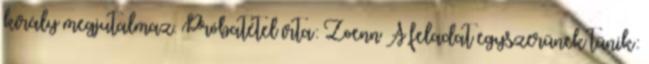
király megjutalmaz. Próbatétel írta: Zoenn A feladat egyszerűnek tűnik: